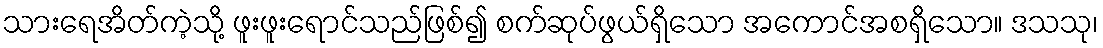
သားရေအိတ်ကဲ့သို့ ဖူးဖူးရောင်သည်ဖြစ်၍ စက်ဆုပ်ဖွယ်ရှိသော အကောင်အစရှိသော။ ဒသသု၊